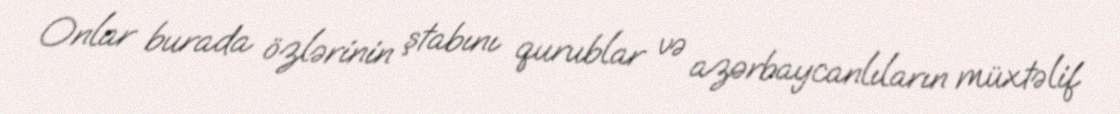
Onlar burada özlərinin ştabını qurublar və azərbaycanlıların müxtəlif